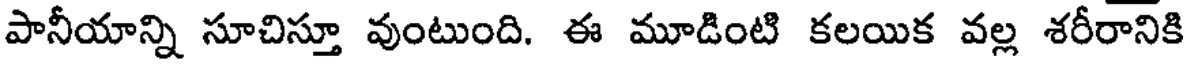
పానీయాన్ని సూచిస్తూ వుంటుంది. ఈ మూడింటి కలయిక వల్ల శరీరానికి